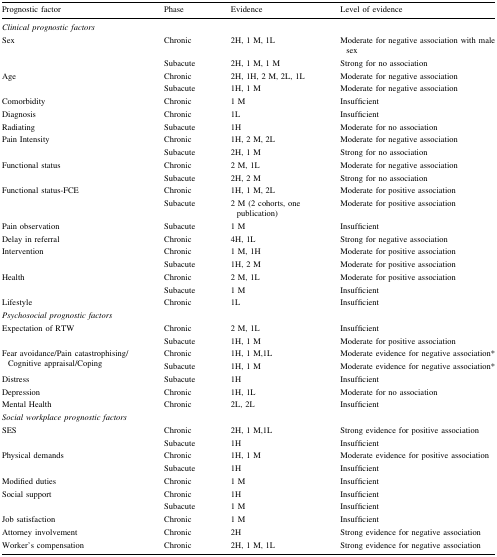
<table><thead><tr><td><b>Prognostic factor</b></td><td><b>Phase</b></td><td><b>Evidence</b></td><td><b>Level of evidence</b></td></tr></thead><tbody><tr><td colspan="4"><i>Clinical prognostic factors</i></td></tr><tr><td rowspan="2">Sex</td><td>Chronic</td><td>2H, 1 M, 1L</td><td>Moderate for negative association with male sex</td></tr><tr><td>Subacute</td><td>2H, 1 M, 1 M</td><td>Strong for no association</td></tr><tr><td rowspan="2">Age</td><td>Chronic</td><td>2H, 1H, 2 M, 2L, 1L</td><td>Moderate for negative association</td></tr><tr><td>Subacute</td><td>1H, 1 M</td><td>Moderate for negative association</td></tr><tr><td>Comorbidity</td><td>Chronic</td><td>1 M</td><td>Insufficient</td></tr><tr><td>Diagnosis</td><td>Chronic</td><td>1L</td><td>Insufficient</td></tr><tr><td>Radiating</td><td>Subacute</td><td>1H</td><td>Moderate for no association</td></tr><tr><td rowspan="2">Pain Intensity</td><td>Chronic</td><td>1H, 2 M, 2L</td><td>Moderate for negative association</td></tr><tr><td>Subacute</td><td>2H, 1 M</td><td>Strong for no association</td></tr><tr><td rowspan="2">Functional status</td><td>Chronic</td><td>2 M, 1L</td><td>Moderate for negative association</td></tr><tr><td>Subacute</td><td>2H, 2 M</td><td>Strong for no association</td></tr><tr><td rowspan="2">Functional status-FCE</td><td>Chronic</td><td>1H, 1 M, 2L</td><td>Moderate for positive association</td></tr><tr><td>Subacute</td><td>2 M (2 cohorts, one publication)</td><td>Moderate for positive association</td></tr><tr><td>Pain observation</td><td>Subacute</td><td>1 M</td><td>Insufficient</td></tr><tr><td>Delay in referral</td><td>Chronic</td><td>4H, 1L</td><td>Strong for negative association</td></tr><tr><td rowspan="2">Intervention</td><td>Chronic</td><td>1 M, 1H</td><td>Moderate for positive association</td></tr><tr><td>Subacute</td><td>1H, 2 M</td><td>Moderate for positive association</td></tr><tr><td rowspan="2">Health</td><td>Chronic</td><td>2 M, 1L</td><td>Moderate for positive association</td></tr><tr><td>Subacute</td><td>1 M</td><td>Insufficient</td></tr><tr><td>Lifestyle</td><td>Chronic</td><td>1L</td><td>Insufficient</td></tr><tr><td colspan="4"><i>Psychosocial prognostic factors</i></td></tr><tr><td rowspan="2">Expectation of RTW</td><td>Chronic</td><td>2 M, 1L</td><td>Insufficient</td></tr><tr><td>Subacute</td><td>1H, 1 M</td><td>Moderate for positive association</td></tr><tr><td rowspan="2">Fear avoidance/Pain catastrophising/Cognitive appraisal/Coping</td><td>Chronic</td><td>1H, 1 M,1L</td><td>Moderate evidence for negative association*</td></tr><tr><td>Subacute</td><td>1H, 1 M</td><td>Moderate evidence for negative association*</td></tr><tr><td>Distress</td><td>Subacute</td><td>1H</td><td>Insufficient</td></tr><tr><td>Depression</td><td>Chronic</td><td>1H, 1L</td><td>Moderate for no association</td></tr><tr><td>Mental Health</td><td>Chronic</td><td>2L, 2L</td><td>Insufficient</td></tr><tr><td colspan="4"><i>Social workplace prognostic factors</i></td></tr><tr><td rowspan="2">SES</td><td>Chronic</td><td>2H, 1 M,1L</td><td>Strong evidence for positive association</td></tr><tr><td>Subacute</td><td>1H</td><td>Insufficient</td></tr><tr><td rowspan="2">Physical demands</td><td>Chronic</td><td>1H, 1 M</td><td>Moderate evidence for positive association</td></tr><tr><td>Subacute</td><td>1H</td><td>Insufficient</td></tr><tr><td>Modified duties</td><td>Chronic</td><td>1 M</td><td>Insufficient</td></tr><tr><td rowspan="2">Social support</td><td>Chronic</td><td>1H</td><td>Insufficient</td></tr><tr><td>Subacute</td><td>1 M</td><td>Insufficient</td></tr><tr><td>Job satisfaction</td><td>Chronic</td><td>1 M</td><td>Insufficient</td></tr><tr><td>Attorney involvement</td><td>Chronic</td><td>2H</td><td>Strong evidence for negative association</td></tr><tr><td>Worker’s compensation</td><td>Chronic</td><td>2H, 1 M, 1L</td><td>Strong evidence for negative association</td></tr></tbody></table>